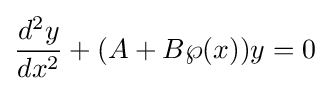
{\frac {d^{2}y}{dx^{2}}}+(A+B\wp (x))y=0